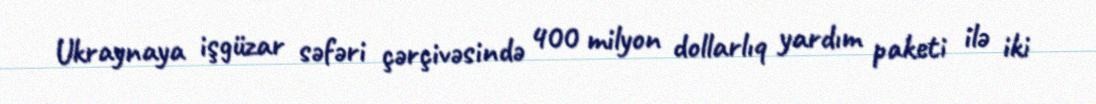
Ukraynaya işgüzar səfəri çərçivəsində 400 milyon dollarlıq yardım paketi ilə iki